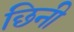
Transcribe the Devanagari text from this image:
छिनी